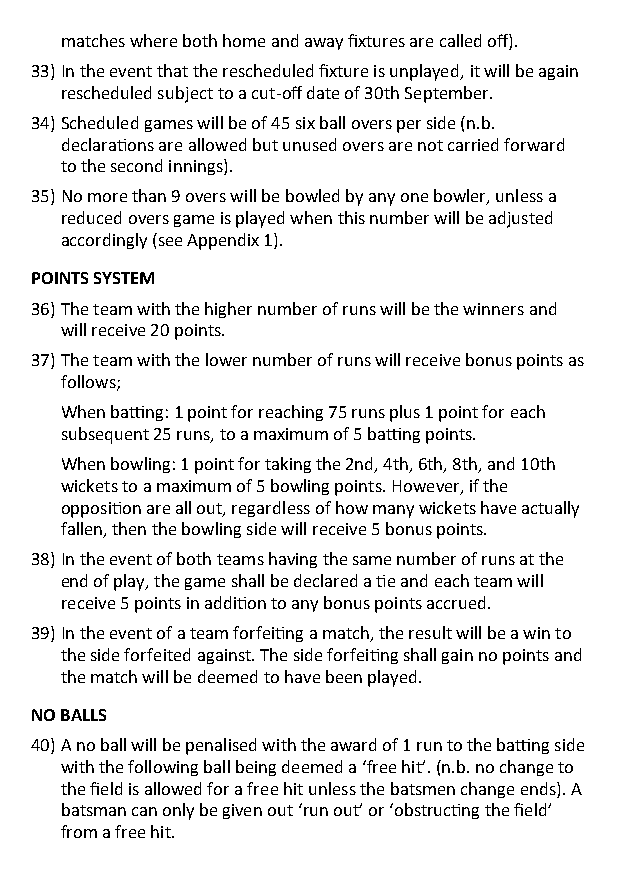
matches where both home and away fixtures are called off).
 33) In the event that the rescheduled fixture is unplayed, it will be again
 rescheduled subject to a cut-off date of 30th September.
 34) Scheduled games will be of 45 six ball overs per side (n.b.
 declarations are allowed but unused overs are not carried forward
 to the second innings).
 35) No more than 9 overs will be bowled by any one bowler, unless a
 reduced overs game is played when this number will be adjusted
 accordingly (see Appendix 1).
 POINTS SYSTEM
 36) The team with the higher number of runs will be the winners and
 will receive 20 points.
 37) The team with the lower number of runs will receive bonus points as
 follows;
 When batting: 1 point for reaching 75 runs plus 1 point for each
 subsequent 25 runs, to a maximum of 5 batting points.
 When bowling: 1 point for taking the 2nd, 4th, 6th, 8th, and 10th
 wickets to a maximum of 5 bowling points. However, if the
 opposition are all out, regardless of how many wickets have actually
 fallen, then the bowling side will receive 5 bonus points.
 38) In the event of both teams having the same number of runs at the
 end of play, the game shall be declared a tie and each team will
 receive 5 points in addition to any bonus points accrued.
 39) In the event of a team forfeiting a match, the result will be a win to
 the side forfeited against. The side forfeiting shall gain no points and
 the match will be deemed to have been played.
 NO BALLS
 40) A no ball will be penalised with the award of 1 run to the batting side
 with the following ball being deemed a ‘free hit’. (n.b. no change to
 the field is allowed for a free hit unless the batsmen change ends). A
 batsman can only be given out ‘run out’ or ‘obstructing the field’
 from a free hit.